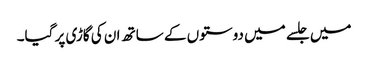
میں جلسے میں دوستوں کے ساتھ ان کی گاڑی پر گیا۔